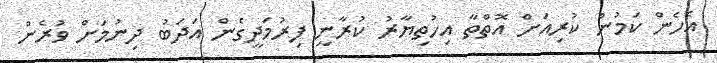
އެހެން ކަމުން ކުރިއަށް އޮތްތާ އިހުތިޔާރު ކުރާނީ ފިރުމަދީގެން އަދަބު ދިނުމަށް ވުރެން